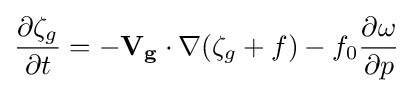
{{\partial \zeta _{g} \over \partial t}={-\mathbf {V_{g}} \cdot \nabla ({\zeta _{g}+f})}-{f_{0}{\partial \omega  \over \partial p}}}